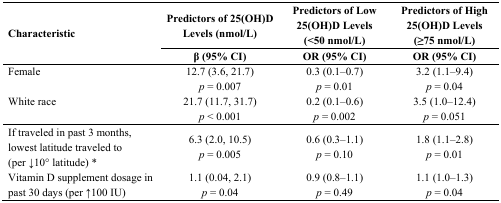
| <ROWSPAN=2> Characteristic | Predictors of 25(OH)D Levels (nmol/L) | Predictors of Low 25(OH)D Levels (<50 nmol/L) | Predictors of High 25(OH)D Levels (≥75 nmol/L) |
 | β (95% CI) | OR (95% CI) | OR (95% CI) |
 | --- | --- | --- | --- |
 | Female | 12.7 (3.6, 21.7)p = 0.007 | 0.3 (0.1–0.7)p = 0.01 | 3.2 (1.1–9.4)p = 0.04 |
 | White race | 21.7 (11.7, 31.7)p < 0.001 | 0.2 (0.1–0.6)p = 0.002 | 3.5 (1.0–12.4)p = 0.051 |
 | If traveled in past 3 months, lowest latitude traveled to (per ↓10° latitude) * | 6.3 (2.0, 10.5)p = 0.005 | 0.6 (0.3–1.1)p = 0.10 | 1.8 (1.1–2.8)p = 0.01 |
 | Vitamin D supplement dosage in past 30 days (per ↑100 IU) | 1.1 (0.04, 2.1)p = 0.04 | 0.9 (0.8–1.1)p = 0.49 | 1.1 (1.0–1.3)p = 0.04 |